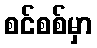
စင်စစ်မှာ